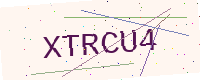
Text: XTRCU4